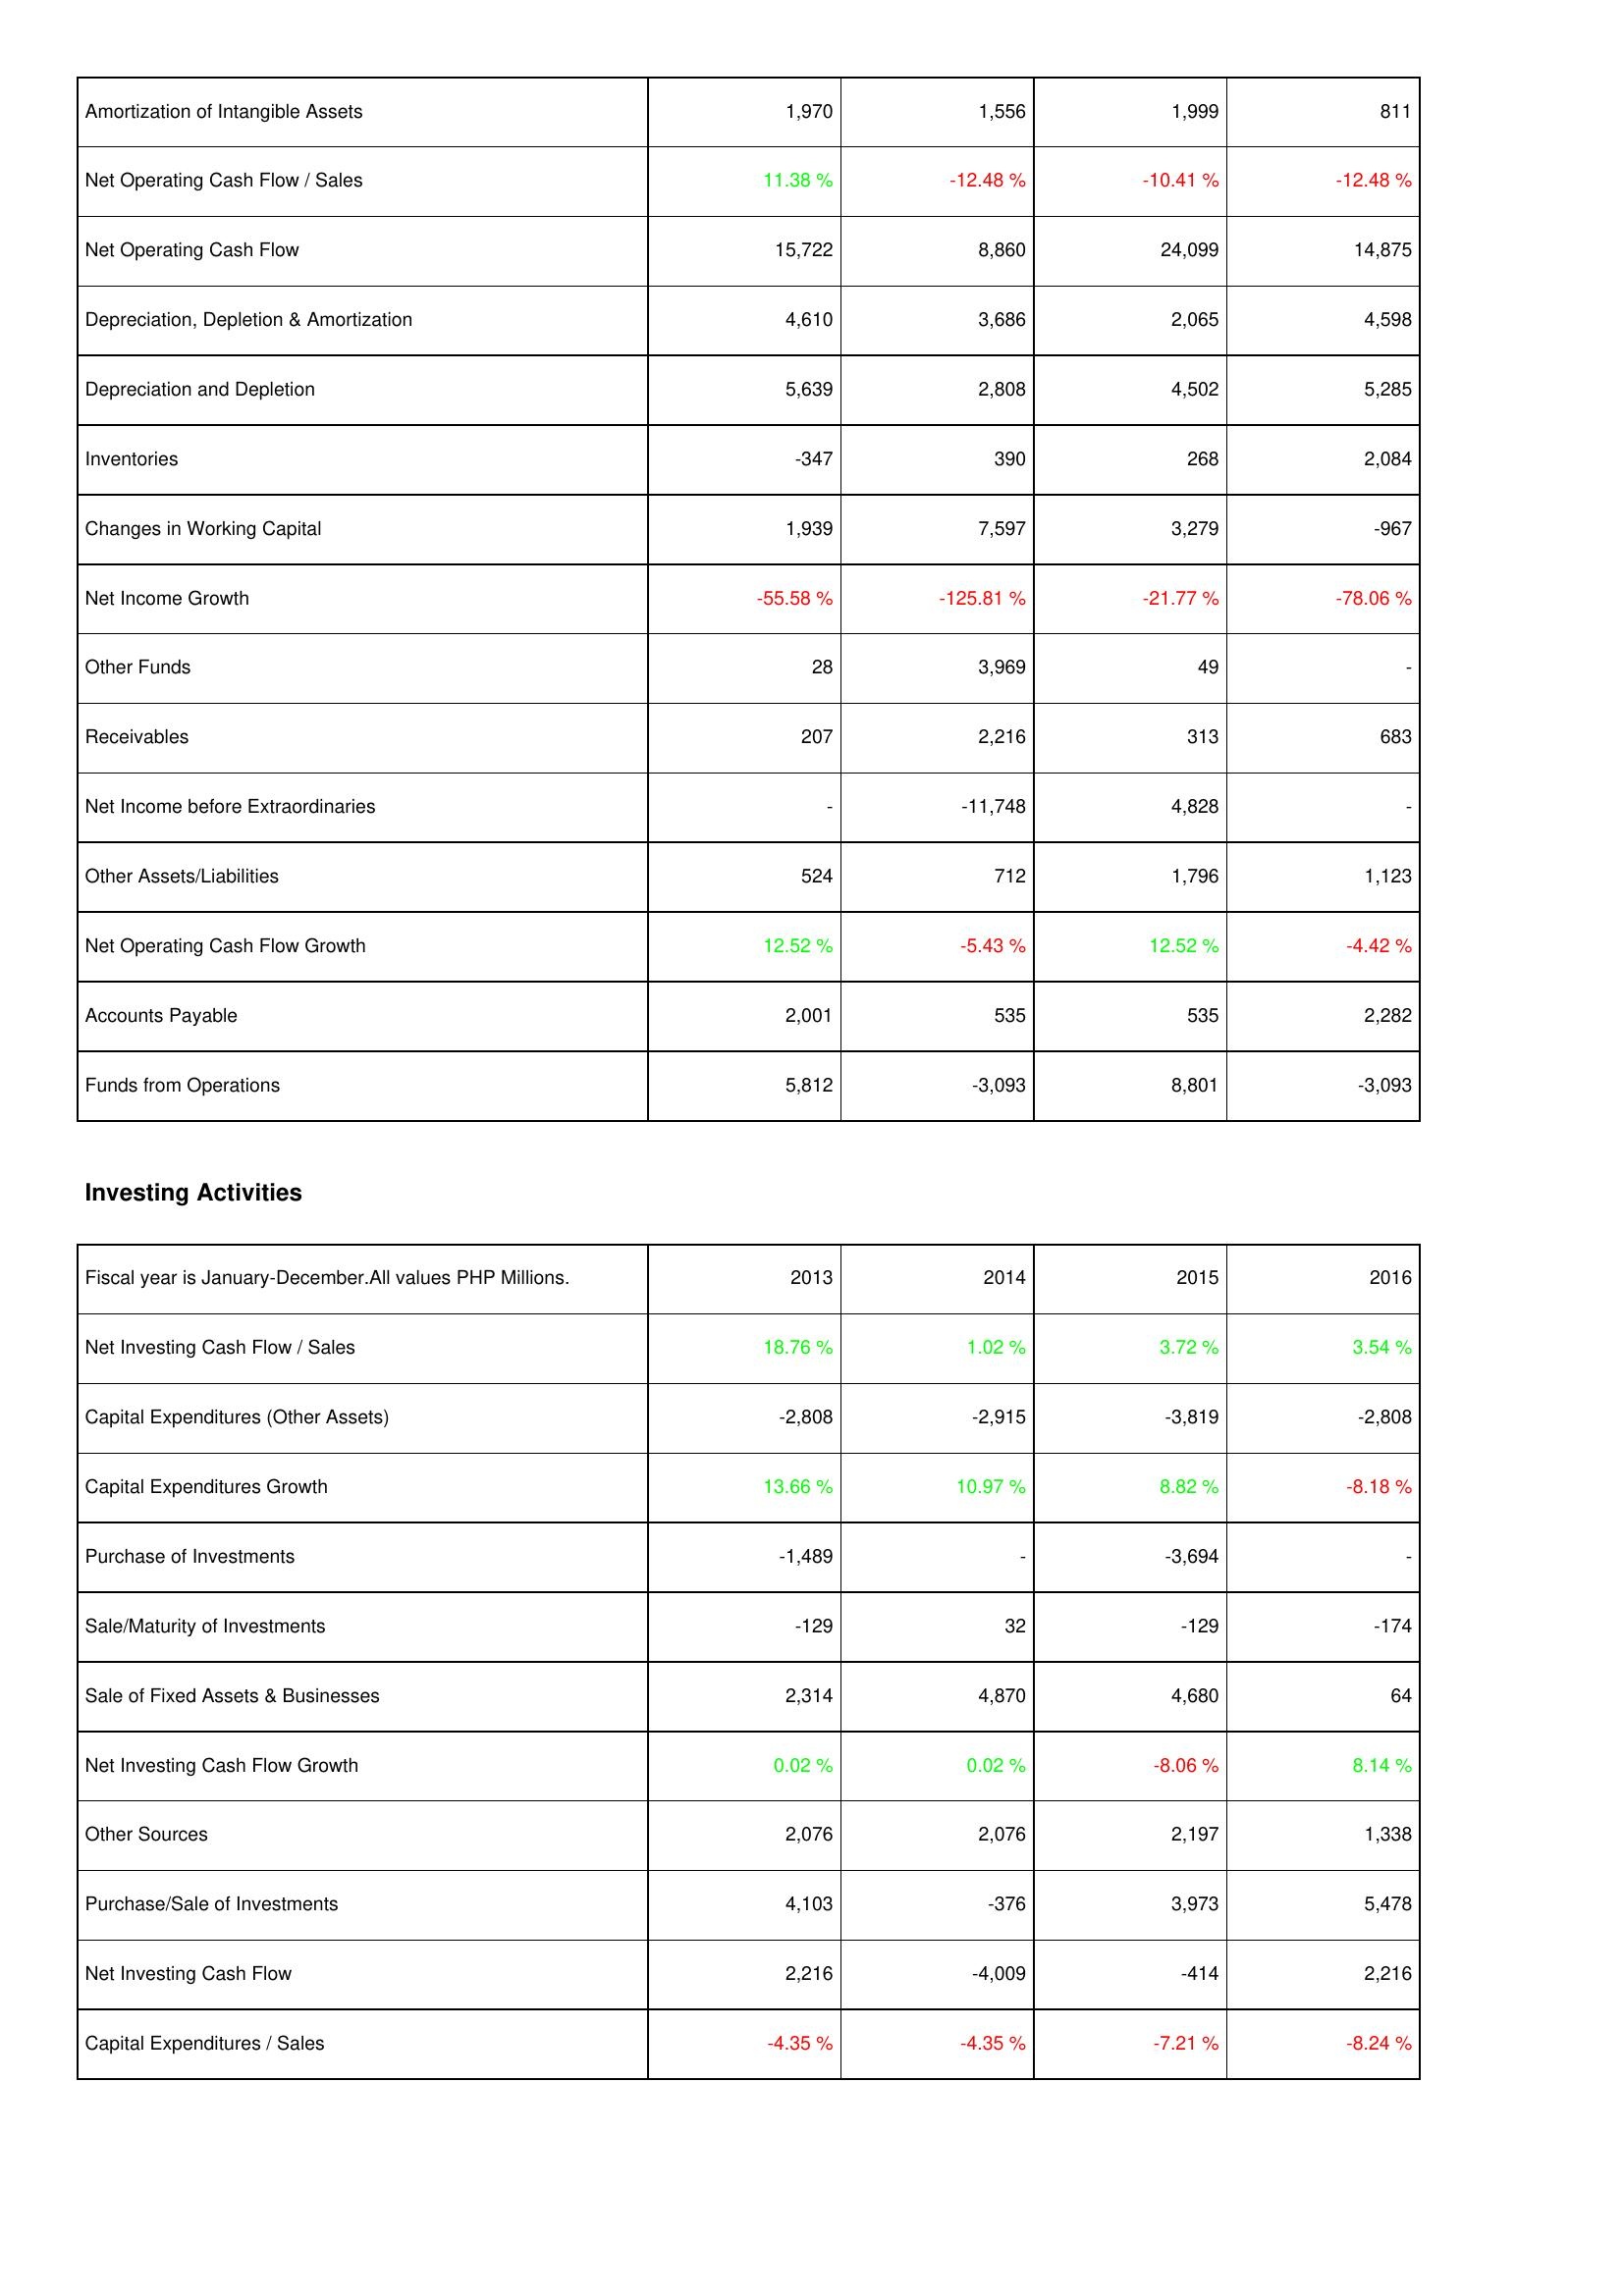
2013: Operating Activities: Amortization of Intangible Assets: 1,970
Net Operating Cash Flow / Sales: 11.38 %
Net Operating Cash Flow: 15,722
Depreciation, Depletion & Amortization: 4,610
Depreciation and Depletion: 5,639
Inventories: -347
Changes in Working Capital: 1,939
Net Income Growth: -55.58 %
Other Funds: 28
Receivables: 207
Net Income before Extraordinaries: -
Other Assets/Liabilities: 524
Net Operating Cash Flow Growth: 12.52 %
Accounts Payable: 2,001
Funds from Operations: 5,812
Investing Activities: Net Investing Cash Flow / Sales: 18.76 %
Capital Expenditures (Other Assets): -2,808
Capital Expenditures Growth: 13.66 %
Purchase of Investments: -1,489
Sale/Maturity of Investments: -129
Sale of Fixed Assets & Businesses: 2,314
Net Investing Cash Flow Growth: 0.02 %
Other Sources: 2,076
Purchase/Sale of Investments: 4,103
Net Investing Cash Flow: 2,216
Capital Expenditures / Sales: -4.35 %
2014: Operating Activities: Amortization of Intangible Assets: 1,556
Net Operating Cash Flow / Sales: -12.48 %
Net Operating Cash Flow: 8,860
Depreciation, Depletion & Amortization: 3,686
Depreciation and Depletion: 2,808
Inventories: 390
Changes in Working Capital: 7,597
Net Income Growth: -125.81 %
Other Funds: 3,969
Receivables: 2,216
Net Income before Extraordinaries: -11,748
Other Assets/Liabilities: 712
Net Operating Cash Flow Growth: -5.43 %
Accounts Payable: 535
Funds from Operations: -3,093
Investing Activities: Net Investing Cash Flow / Sales: 1.02 %
Capital Expenditures (Other Assets): -2,915
Capital Expenditures Growth: 10.97 %
Purchase of Investments: -
Sale/Maturity of Investments: 32
Sale of Fixed Assets & Businesses: 4,870
Net Investing Cash Flow Growth: 0.02 %
Other Sources: 2,076
Purchase/Sale of Investments: -376
Net Investing Cash Flow: -4,009
Capital Expenditures / Sales: -4.35 %
2015: Operating Activities: Amortization of Intangible Assets: 1,999
Net Operating Cash Flow / Sales: -10.41 %
Net Operating Cash Flow: 24,099
Depreciation, Depletion & Amortization: 2,065
Depreciation and Depletion: 4,502
Inventories: 268
Changes in Working Capital: 3,279
Net Income Growth: -21.77 %
Other Funds: 49
Receivables: 313
Net Income before Extraordinaries: 4,828
Other Assets/Liabilities: 1,796
Net Operating Cash Flow Growth: 12.52 %
Accounts Payable: 535
Funds from Operations: 8,801
Investing Activities: Net Investing Cash Flow / Sales: 3.72 %
Capital Expenditures (Other Assets): -3,819
Capital Expenditures Growth: 8.82 %
Purchase of Investments: -3,694
Sale/Maturity of Investments: -129
Sale of Fixed Assets & Businesses: 4,680
Net Investing Cash Flow Growth: -8.06 %
Other Sources: 2,197
Purchase/Sale of Investments: 3,973
Net Investing Cash Flow: -414
Capital Expenditures / Sales: -7.21 %
2016: Operating Activities: Amortization of Intangible Assets: 811
Net Operating Cash Flow / Sales: -12.48 %
Net Operating Cash Flow: 14,875
Depreciation, Depletion & Amortization: 4,598
Depreciation and Depletion: 5,285
Inventories: 2,084
Changes in Working Capital: -967
Net Income Growth: -78.06 %
Other Funds: -
Receivables: 683
Net Income before Extraordinaries: -
Other Assets/Liabilities: 1,123
Net Operating Cash Flow Growth: -4.42 %
Accounts Payable: 2,282
Funds from Operations: -3,093
Investing Activities: Net Investing Cash Flow / Sales: 3.54 %
Capital Expenditures (Other Assets): -2,808
Capital Expenditures Growth: -8.18 %
Purchase of Investments: -
Sale/Maturity of Investments: -174
Sale of Fixed Assets & Businesses: 64
Net Investing Cash Flow Growth: 8.14 %
Other Sources: 1,338
Purchase/Sale of Investments: 5,478
Net Investing Cash Flow: 2,216
Capital Expenditures / Sales: -8.24 %